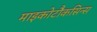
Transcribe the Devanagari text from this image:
माइकोटौकसिन्स